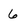
Character: 6